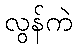
လွန်ကဲ